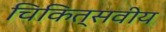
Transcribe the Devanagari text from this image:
चिकित्सवीय